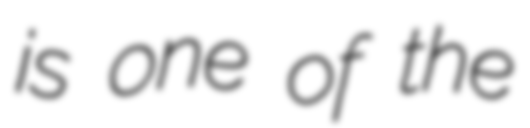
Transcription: is one of the